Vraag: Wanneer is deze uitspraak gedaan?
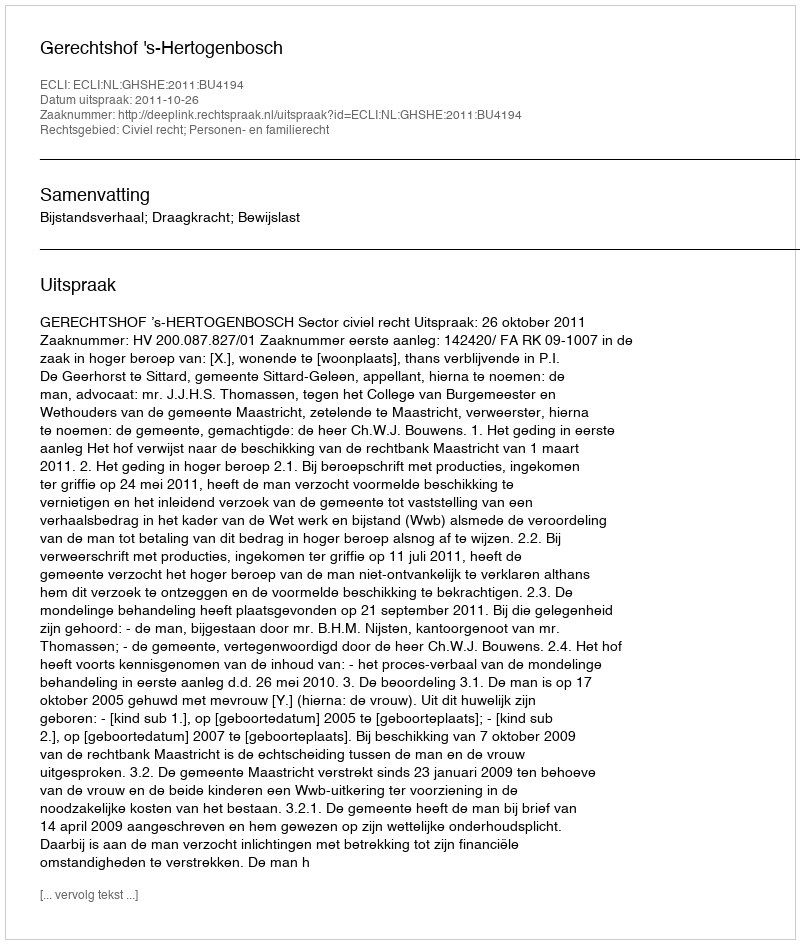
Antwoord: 2011-10-26